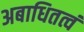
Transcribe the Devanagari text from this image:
अबाधितत्वं